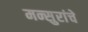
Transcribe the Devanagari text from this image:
मन्सुरांचे